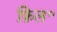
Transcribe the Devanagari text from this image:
फ़िल॰